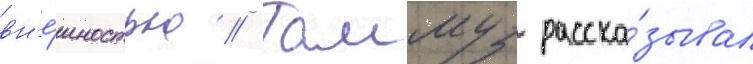
вн'е́шностью // Таммуз расска́зывал